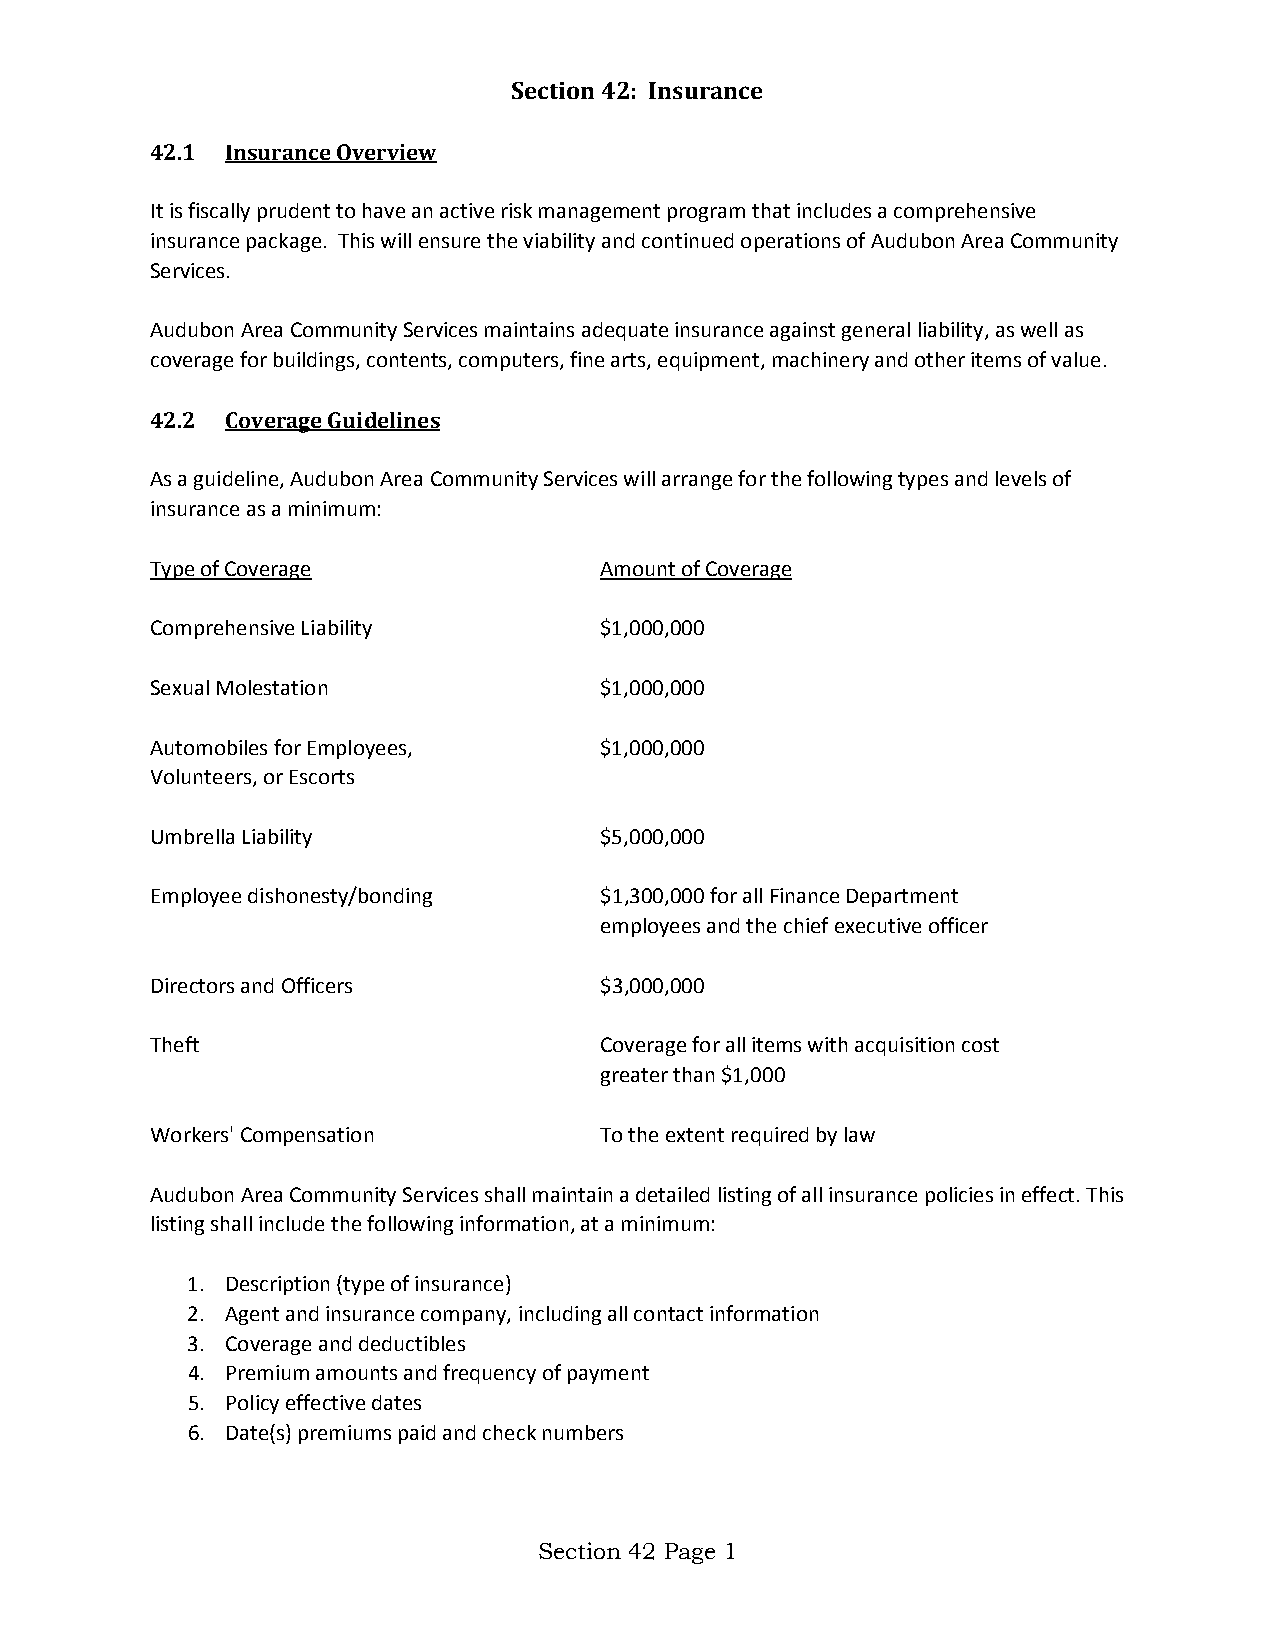
Section 42: Insurance
 42.1 Insurance Overview
 It is fiscally prudent to have an active risk management program that includes a comprehensive
 insurance package. This will ensure the viability and continued operations of Audubon Area Community
 Services.
 Audubon Area Community Services maintains adequate insurance against general liability, as well as
 coverage for buildings, contents, computers, fine arts, equipment, machinery and other items of value.
 42.2 Coverage Guidelines
 As a guideline, Audubon Area Community Services will arrange for the following types and levels of
 insurance as a minimum:
 Type of Coverage              Amount of Coverage
 Comprehensive Liability       $1,000,000
 Sexual Molestation            $1,000,000
 Automobiles for Employees,    $1,000,000
 Volunteers, or Escorts
 Umbrella Liability            $5,000,000
 Employee dishonesty/bonding   $1,300,000 for all Finance Department
 employees and the chief executive officer
 Directors and Officers        $3,000,000
 Theft                         Coverage for all items with acquisition cost
 greater than $1,000
 Workers' Compensation         To the extent required by law
 Audubon Area Community Services shall maintain a detailed listing of all insurance policies in effect. This
 listing shall include the following information, at a minimum:
 1. Description (type of insurance)
 2. Agent and insurance company, including all contact information
 3. Coverage and deductibles
 4. Premium amounts and frequency of payment
 5. Policy effective dates
 6. Date(s) premiums paid and check numbers
 Section 42 Page 1